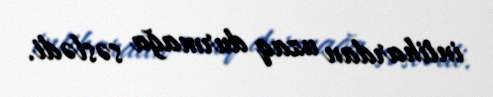
intihardan uzaq durmağa səslədi.